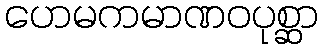
ဟေမကမာဏဝပုစ္ဆာ